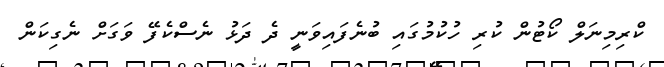
ކްރިމިނަލް ކޯޓުން ކުރި ހުކުމުގައި ބުނެފައިވަނީ ދެ ދަޅު ނެސްކެފޭ ވަގަށް ނެގިކަން